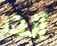
أنت